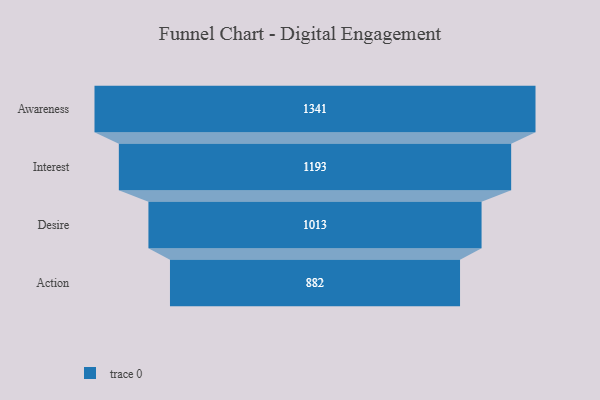
{"axis": {"x": "Stage", "y": "Value"}, "legend": [""], "data": [{"x": "Awareness", "y": 1341.0, "type": ""}, {"x": "Interest", "y": 1193.0, "type": ""}, {"x": "Desire", "y": 1013.0, "type": ""}, {"x": "Action", "y": 882.0, "type": ""}]}